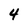
Character: 4